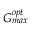
G _ { m a x } ^ { o p t }